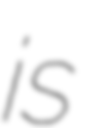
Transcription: is